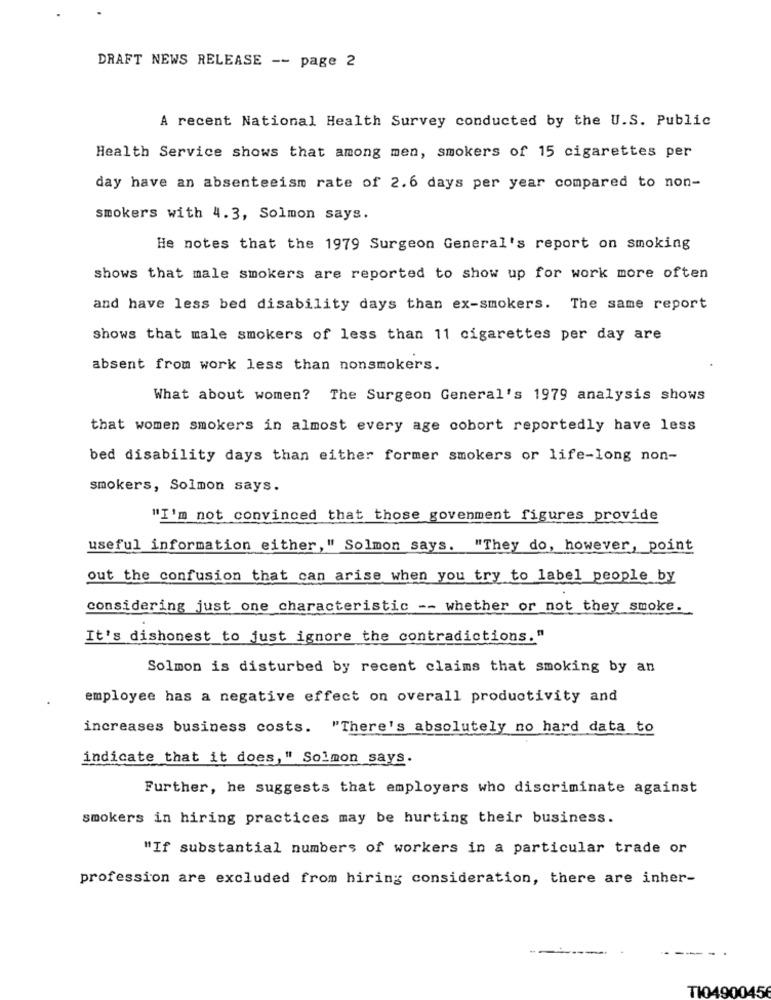
DRAFT NEWS RELEASE -- page 2
A recent National Health Survey conducted by the U.S. Public
Health Service shows that among men, smokers of 15 cigarettes per
day have an absenteeism rate of 2.6 days per year compared to non-
smokers with 4.3, Solmon says.
He notes that the 1979 Surgeon General's report on smoking
shows that male smokers are reported to show up for work more often
and have less bed disability days than ex-smokers. The same report
shows that male smokers of less than 11 cigarettes per day are
absent from work less than nonsmokers.
What about women? The Surgeon General's 1979 analysis shows
that women smokers in almost every age cobort reportedly have less
bed disability days than either former smokers or life-long non-
smokers, Solmon says.
"I'm not convinced that those govenment figures provide
useful information either, " Solmon says. "They do, however, point
out the confusion that can arise when you try to label people by
considering just one characteristic -- whether or not they smoke.
It's dishonest to just ignore the contradictions."
Solmon is disturbed by recent claims that smoking by an
employee has a negative effect on overall productivity and
increases business costs. "There's absolutely no hard data to
indicate that it does," Solmon says.
Further, he suggests that employers who discriminate against
smokers in hiring practices may be hurting their business.
"If substantial numbers of workers in a particular trade or
profession are excluded from hiring consideration, there are inher-
TI0490045